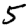
Digit: 5